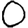
Digit: 0